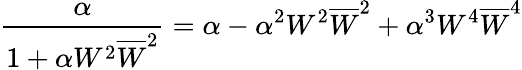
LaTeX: \frac{\alpha}{1+\alpha W^{2}\overline{{{W}}}^{2}}=\alpha-\alpha^{2}W^{2}\overline{{{W}}}^{2}+\alpha^{3}W^{4}\overline{{{W}}}^{4}